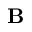
\mathbf { B }